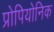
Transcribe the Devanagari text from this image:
प्रोपियोनिक